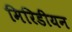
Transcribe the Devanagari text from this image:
मिरिडीयन